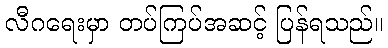
လီဂရေးမှာ တပ်ကြပ်အဆင့် ပြန်ရသည်။